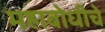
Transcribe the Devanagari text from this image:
महाबोधीचे